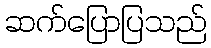
ဆက်ပြောပြသည်